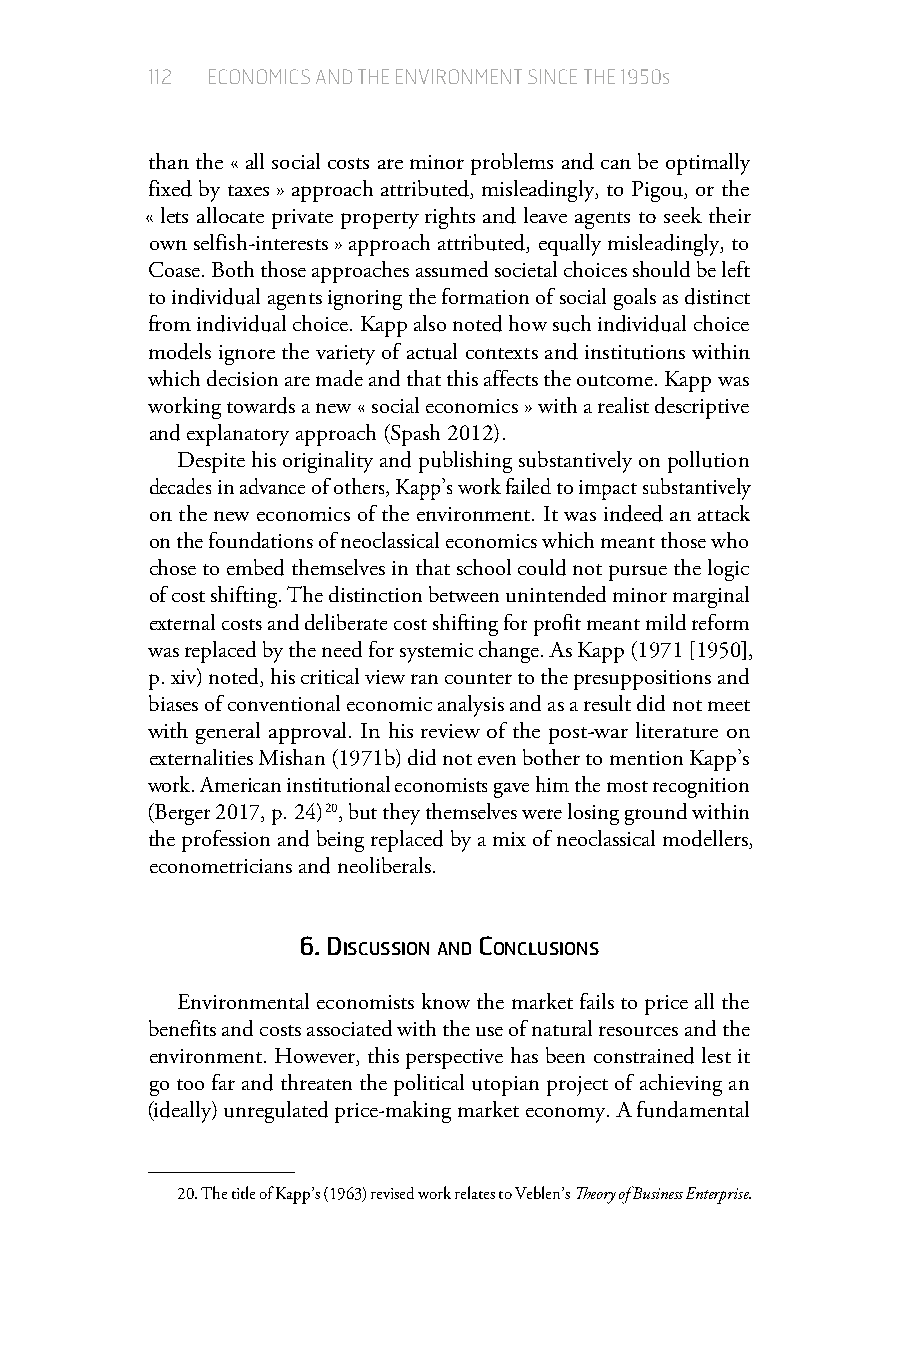
112 ECONOMICS AND THE ENVIRONMENT SINCE THE 1950s
 than the « all social costs are minor problems and can be optimally
 fixed by taxes » approach attributed, misleadingly, to Pigou, or the
 « lets allocate private property rights and leave agents to seek their
 own selfish-interests » approach attributed, equally misleadingly, to
 Coase. Both those approaches assumed societal choices should be left
 to individual agents ignoring the formation of social goals as distinct
 from individual choice. Kapp also noted how such individual choice
 models ignore the variety of actual contexts and institutions within
 which decision are made and that this affects the outcome. Kapp was
 working towards a new « social economics » with a realist descriptive
 and explanatory approach (Spash 2012).
 Despite his originality and publishing substantively on pollution
 decades in advance of others, Kapp’s work failed to impact substantively
 on the new economics of the environment. It was indeed an attack
 on the foundations of neoclassical economics which meant those who
 chose to embed themselves in that school could not pursue the logic
 of cost shifting. The distinction between unintended minor marginal
 external costs and deliberate cost shifting for profit meant mild reform
 was replaced by the need for systemic change. As Kapp (1971 [1950],
 p.xiv) noted, his critical view ran counter to the presuppositions and
 biases of conventional economic analysis and as a result did not meet
 with general approval. In his review of the post-war literature on
 externalities Mishan (1971b) did not even bother to mention Kapp’s
 work. American institutional economists gave him the most recognition
 (Berger 2017, p. 24) 20, but they themselves were losing ground within
 the profession and being replaced by a mix of neoclassical modellers,
 econometricians and neoliberals.
 6.diScuSSion and concluSionS
 Environmental economists know the market fails to price all the
 benefits and costs associated with the use of natural resources and the
 environment. However, this perspective has been constrained lest it
 go too far and threaten the political utopian project of achieving an
 (ideally) unregulated price-making market economy. A fundamental
 20. The title of Kapp’s (1963) revised work relates to Veblen’s Theory of Business Enterprise.